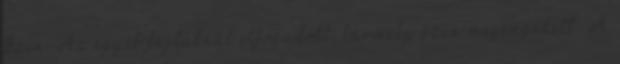
Szín: Az egyéb fajtáknál elfogadott, bármely szín megengedett. A